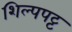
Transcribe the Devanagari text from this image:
शिल्पपट्ट